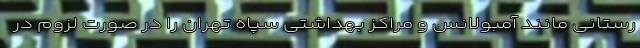
رستانی مانند آمبولانس و مراکز بهداشتی سپاه تهران را در صورت لزوم در